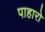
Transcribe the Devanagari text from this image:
पाहारो